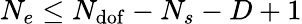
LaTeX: N_{e}\leq N_{\mathrm{dof}}-N_{s}-D+1